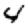
Digit: 4